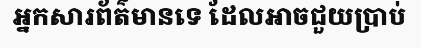
អ្នកសារព័ត៌មានទេ ដែលអាចជួយប្រាប់